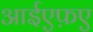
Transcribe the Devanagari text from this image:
आईएफ़ए